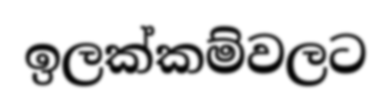
ඉලක්කම්වලට